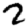
Digit: 2